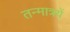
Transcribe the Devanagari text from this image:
तन्मात्रयें